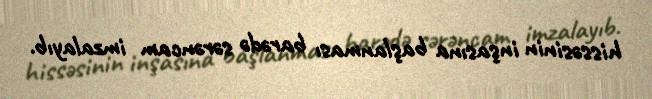
hissəsinin inşasına başlanması barədə sərəncam imzalayıb.